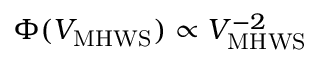
\Phi ( \ensuremath { V _ { \mathrm { M H W S } } } ) \propto \ensuremath { V _ { \mathrm { M H W S } } } ^ { - 2 }